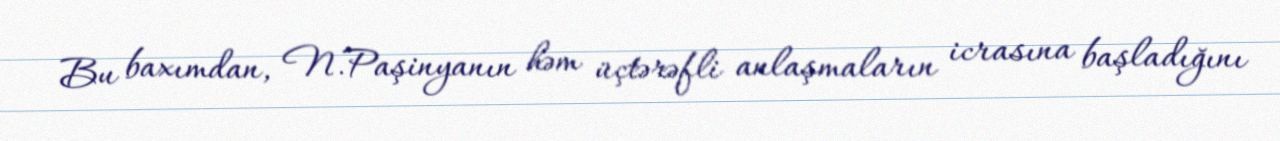
Bu baxımdan, N.Paşinyanın həm üçtərəfli anlaşmaların icrasına başladığını